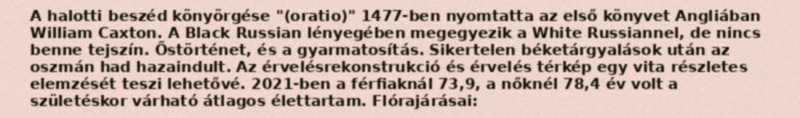
A halotti beszéd könyörgése "(oratio)" 1477-ben nyomtatta az első könyvet Angliában William Caxton. A Black Russian lényegében megegyezik a White Russiannel, de nincs benne tejszín. Őstörténet, és a gyarmatosítás. Sikertelen béketárgyalások után az oszmán had hazaindult. Az érvelésrekonstrukció és érvelés térkép egy vita részletes elemzését teszi lehetővé. 2021-ben a férfiaknál 73,9, a nőknél 78,4 év volt a születéskor várható átlagos élettartam. Flórajárásai: